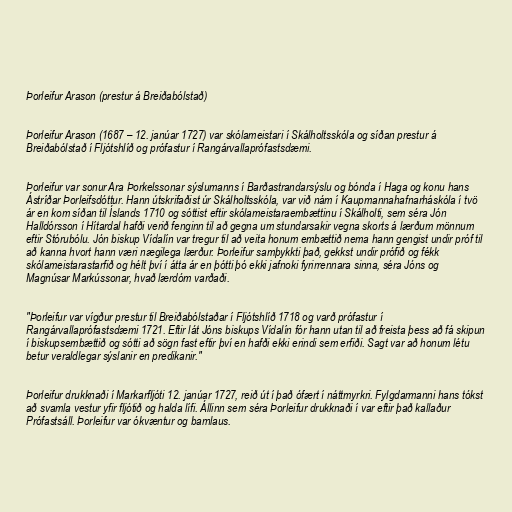
Þorleifur Arason (prestur á Breiðabólstað)

Þorleifur Arason (1687 – 12. janúar 1727) var skólameistari í Skálholtsskóla og síðan prestur á
Breiðabólstað í Fljótshlíð og prófastur í Rangárvallaprófastsdæmi.

Þorleifur var sonur Ara Þorkelssonar sýslumanns í Barðastrandarsýslu og bónda í Haga og konu hans
Ástríðar Þorleifsdóttur. Hann útskrifaðist úr Skálholtsskóla, var við nám í Kaupmannahafnarháskóla í tvö
ár en kom síðan til Íslands 1710 og sóttist eftir skólameistaraembættinu í Skálholti, sem séra Jón
Halldórsson í Hítardal hafði verið fenginn til að gegna um stundarsakir vegna skorts á lærðum mönnum
eftir Stórubólu. Jón biskup Vídalín var tregur til að veita honum embættið nema hann gengist undir próf til
að kanna hvort hann væri nægilega lærður. Þorleifur samþykkti það, gekkst undir prófið og fékk
skólameistarastarfið og hélt því í átta ár en þótti þó ekki jafnoki fyrirrennara sinna, séra Jóns og
Magnúsar Markússonar, hvað lærdóm varðaði.

"Þorleifur var vígður prestur til Breiðabólstaðar í Fljótshlíð 1718 og varð prófastur í
Rangárvallaprófastsdæmi 1721. Eftir lát Jóns biskups Vídalín fór hann utan til að freista þess að fá skipun
í biskupsembættið og sótti að sögn fast eftir því en hafði ekki erindi sem erfiði. Sagt var að honum létu
betur veraldlegar sýslanir en predikanir."

Þorleifur drukknaði í Markarfljóti 12. janúar 1727, reið út í það ófært í náttmyrkri. Fylgdarmanni hans tókst
að svamla vestur yfir fljótið og halda lífi. Állinn sem séra Þorleifur drukknaði í var eftir það kallaður
Prófastsáll. Þorleifur var ókvæntur og barnlaus.